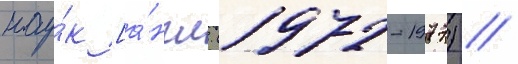
нау́к [а́нгл. (1972-1977) //